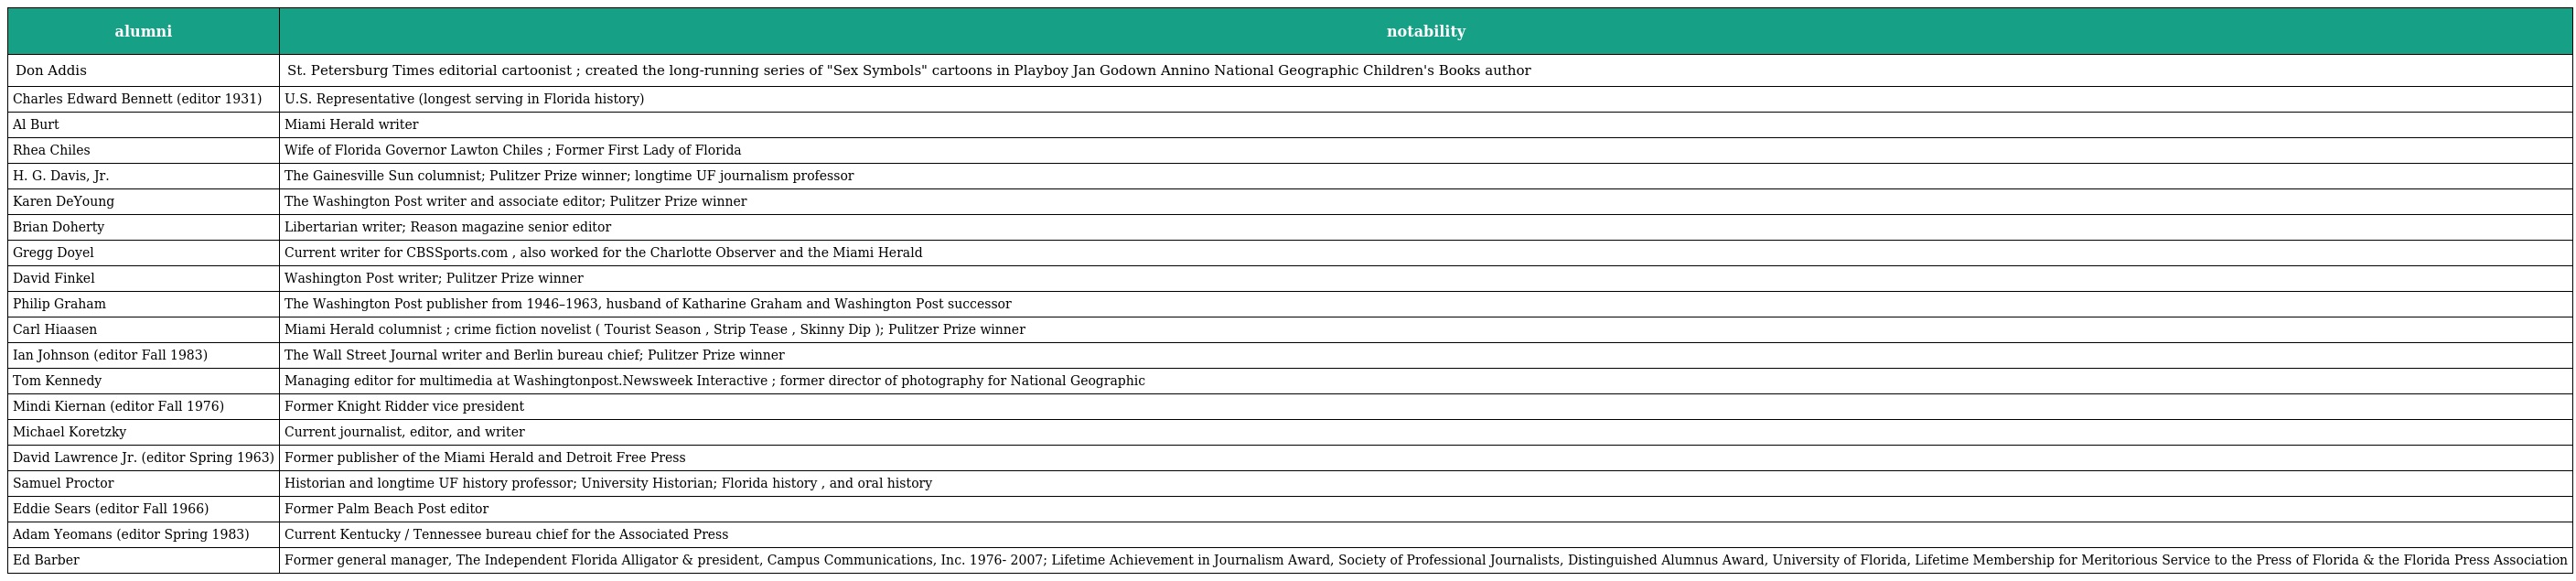
| alumni | notability |
 | --- | --- |
 | Don Addis | St. Petersburg Times editorial cartoonist ; created the long-running series of "Sex Symbols" cartoons in Playboy Jan Godown Annino National Geographic Children's Books author |
 | Charles Edward Bennett (editor 1931) | U.S. Representative (longest serving in Florida history) |
 | Al Burt | Miami Herald writer |
 | Rhea Chiles | Wife of Florida Governor Lawton Chiles ; Former First Lady of Florida |
 | H. G. Davis, Jr. | The Gainesville Sun columnist; Pulitzer Prize winner; longtime UF journalism professor |
 | Karen DeYoung | The Washington Post writer and associate editor; Pulitzer Prize winner |
 | Brian Doherty | Libertarian writer; Reason magazine senior editor |
 | Gregg Doyel | Current writer for CBSSports.com , also worked for the Charlotte Observer and the Miami Herald |
 | David Finkel | Washington Post writer; Pulitzer Prize winner |
 | Philip Graham | The Washington Post publisher from 1946–1963, husband of Katharine Graham and Washington Post successor |
 | Carl Hiaasen | Miami Herald columnist ; crime fiction novelist ( Tourist Season , Strip Tease , Skinny Dip ); Pulitzer Prize winner |
 | Ian Johnson (editor Fall 1983) | The Wall Street Journal writer and Berlin bureau chief; Pulitzer Prize winner |
 | Tom Kennedy | Managing editor for multimedia at Washingtonpost.Newsweek Interactive ; former director of photography for National Geographic |
 | Mindi Kiernan (editor Fall 1976) | Former Knight Ridder vice president |
 | Michael Koretzky | Current journalist, editor, and writer |
 | David Lawrence Jr. (editor Spring 1963) | Former publisher of the Miami Herald and Detroit Free Press |
 | Samuel Proctor | Historian and longtime UF history professor; University Historian; Florida history , and oral history |
 | Eddie Sears (editor Fall 1966) | Former Palm Beach Post editor |
 | Adam Yeomans (editor Spring 1983) | Current Kentucky / Tennessee bureau chief for the Associated Press |
 | Ed Barber | Former general manager, The Independent Florida Alligator & president, Campus Communications, Inc. 1976- 2007; Lifetime Achievement in Journalism Award, Society of Professional Journalists, Distinguished Alumnus Award, University of Florida, Lifetime Membership for Meritorious Service to the Press of Florida & the Florida Press Association |